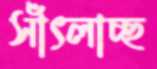
সাঁৎলাচ্ছ